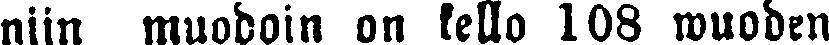
niin muodoin on kello 108 wuoden